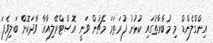
އިންގްލެންޑް މި މުބާރާތުގައި ކުުޅުނު ފުރަތަމަ މެޗުން ވަނީ އޮސްޓްރޭލިއާއާ ވާދަކޮށް ބަލިވެފަ